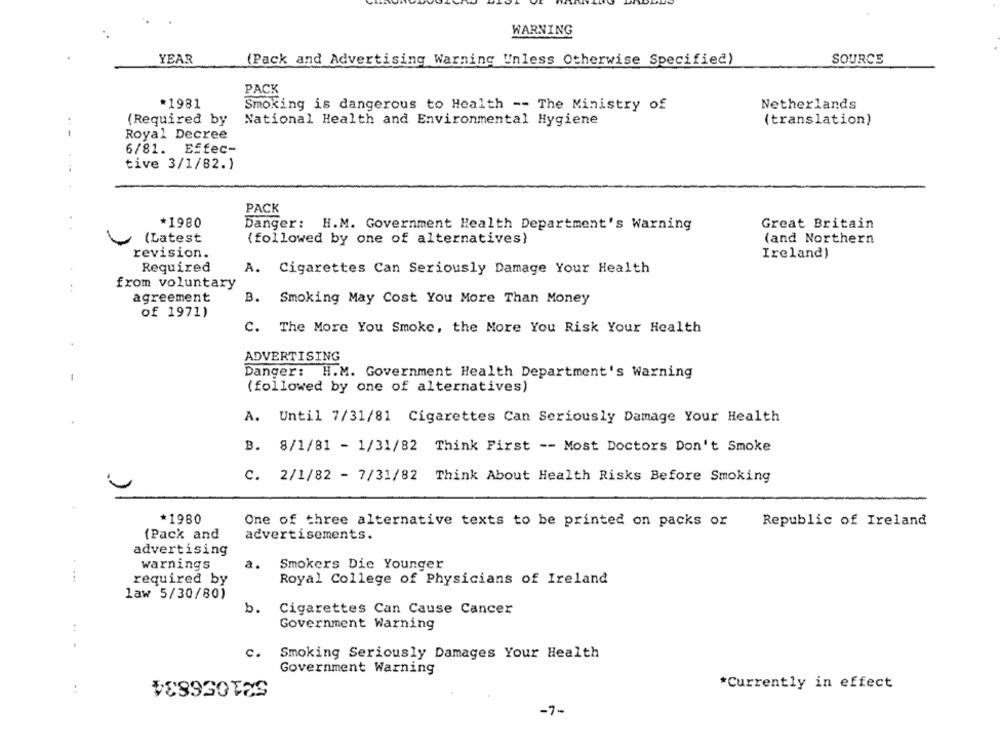
WARNING
YEAR
(Pack and Advertising Warning Unless Otherwise Specified)
SOURCE
PACK
*1981
Netherlands
Smoking is dangerous to Health -- The Ministry of
(Required by
National Health and Environmental Hygiene
(translation)
Royal Decree
6/81. Effec-
tive 3/1/82.)
PACK
*1980
Danger: H.M. Government Health Department's Warning
Great Britain
(Latest
(followed by one of alternatives)
(and Northern
revision.
Ireland)
Required
A. Cigarettes Can Seriously Damage Your Health
from voluntary
agreement
B. Smoking May Cost You More Than Money
of 1971)
C. The More You Smoke, the More You Risk Your Health
ADVERTISING
Danger: H.M. Government Health Department's Warning
-
(followed by one of alternatives)
A. Until 7/31/81 Cigarettes Can Seriously Damage Your Health
B. 8/1/81 - 1/31/82 Think First -- Most Doctors Don't Smoke
C. 2/1/82 - 7/31/82 Think About Health Risks Before Smoking
*1980
One of three alternative texts to be printed on packs or
Republic of Ireland
(Pack and
advertisements.
advertising
warnings
a.
Smokers Die Younger
required by
Royal College of Physicians of Ireland
law 5/30/80)
b.
Cigarettes Can Cause Cancer
Government Warning
c.
Smoking Seriously Damages Your Health
Government Warning
..
*Currently in effect
-7-